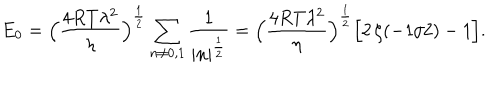
E _ { 0 } = \Bigl ( { \frac { 4 R T \lambda ^ { 2 } } { \eta } } \Bigr ) ^ { { \frac { 1 } { 2 } } } \sum _ { n \neq 0 , 1 } { \frac { 1 } { | n | ^ { { \frac { 1 } { 2 } } } } } = \Bigl ( { \frac { 4 R T \lambda ^ { 2 } } { \eta } } \Bigr ) ^ { { \frac { 1 } { 2 } } } \Bigl [ 2 \, \zeta ( - 1 / 2 ) - 1 \Bigr ] .